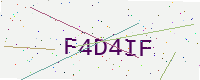
Text: F4D4IF